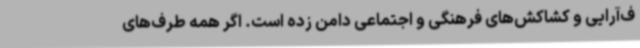
ف‌آرایی ‌و کشاکش‌های فرهنگی و اجتماعی دامن زده است. اگر همه طرف‌های